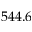
5 4 4 . 6